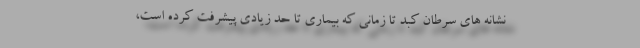
نشانه های سرطان کبد تا زمانی که بیماری تا حد زیادی پیشرفت کرده است،